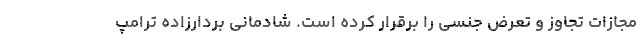
مجازات تجاوز و تعرض جنسی را برقرار کرده است. شادمانی بردارزاده ترامپ